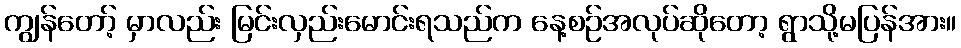
ကျွန်တော့် မှာလည်း မြင်းလှည်းမောင်းရသည်က နေ့စဉ်အလုပ်ဆိုတော့ ရွာသို့မပြန်အား။